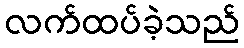
လက်ထပ်ခဲ့သည်